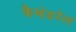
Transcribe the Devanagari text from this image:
कैथेडरेल